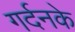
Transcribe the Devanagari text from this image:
गर्दनके